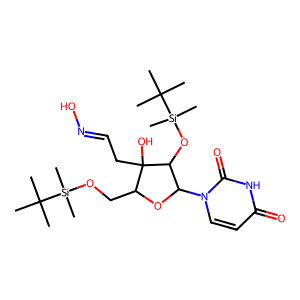
SMILES: CC(C)(C)[Si](C)(C)OCC1OC(n2ccc(=O)[nH]c2=O)C(O[Si](C)(C)C(C)(C)C)C1(O)CC=NO
Inhibits HIV replication: No